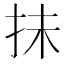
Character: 抺